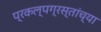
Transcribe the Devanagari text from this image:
प्रकल्पग्रस्तांच्या